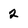
Character: 2